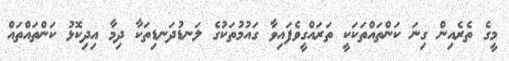
މީގެ ތެރެއިން ގިނަ ކަންތައްތަކަކީ ތަރައްގީވެފައިވާ ގައުމުތަކުގެ ލަނޑުދަނޑިތަކާ ދިމާ އިދިކޮޅު ކަންތައްތައް